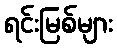
ရင်းမြစ်များ